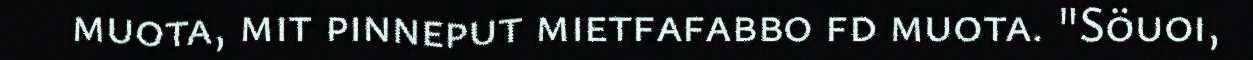
muota, mit pinneput mietfafabbo fd muota. "Söuoi,